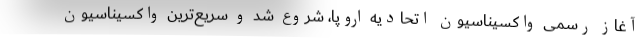
آغاز رسمی واکسیناسیون اتحادیه اروپا، شروع شد و سریع‌ترین واکسیناسیون